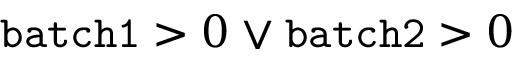
\mathtt { b a t c h 1 } > 0 \lor \mathtt { b a t c h 2 } > 0